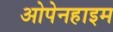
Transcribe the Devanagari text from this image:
ओपेनहाइम